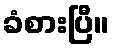
ခံစားပြီ။